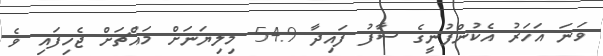
ވަނަ އަހަރު އެކުންފުނީގެ ސާފު ފައިދާ 54.9 މިލިޔަނަށް މައްޗަށް ޖެހިފައި ވެ